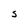
Character: S